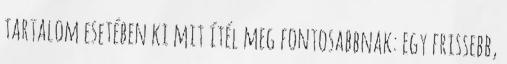
tartalom esetében ki mit ítél meg fontosabbnak: egy frissebb,